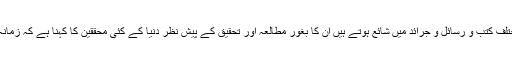
زمانہ قدیم میں رہنے والے لوگوں کے حال احوال جو مختلف کتب و رسائل و جرائد میں شائع ہوتے ہیں ان کا بغور مطالعہ اور تحقیق کے پیشِ نظر دنیا کے کئی محققین کا کہنا ہے کہ زمانہ قدیم کی زندگی انتہائی پیچیدگیوں سے بھری پڑی تھی۔